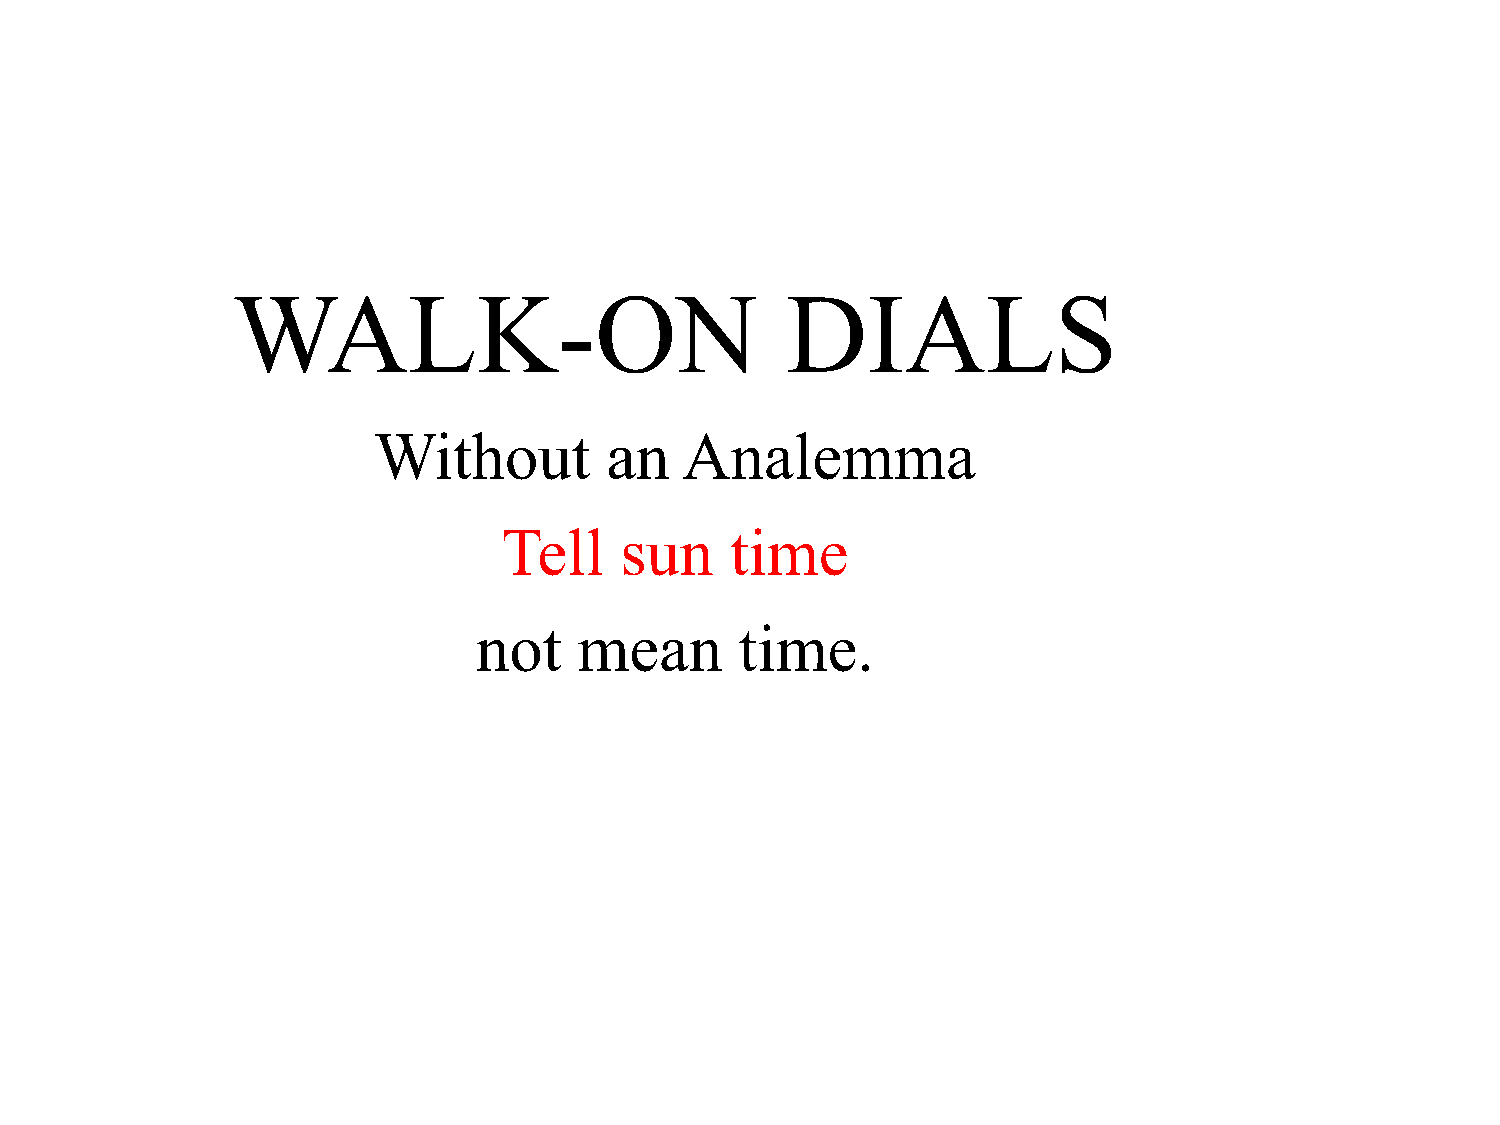
WALK-ON                              DIALS
 Without        an   Analemma
 Tell    sun    time
 not   mean       time.